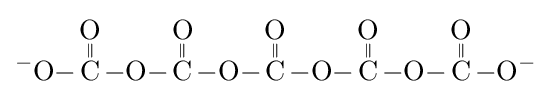
{\ce {^{-}O-{\overset {\displaystyle O \atop \|}{C}}-O-{\overset {\displaystyle O \atop \|}{C}}-O-{\overset {\displaystyle O \atop \|}{C}}-O-{\overset {\displaystyle O \atop \|}{C}}-O-{\overset {\displaystyle O \atop \|}{C}}-O^{-}}}